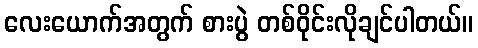
လေးယောက်အတွက် စားပွဲ တစ်ဝိုင်းလိုချင်ပါတယ်။